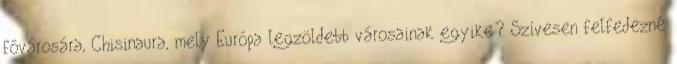
fővárosára, Chisinaura, mely Európa legzöldebb városainak egyike? Szívesen felfedezné